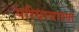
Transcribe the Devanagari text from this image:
परियावारण